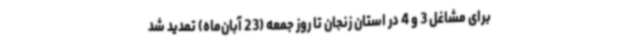
برای مشاغل 3 و 4 در استان زنجان تا روز جمعه (23 آبان‌ماه) تمدید شد